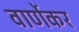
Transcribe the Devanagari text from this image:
वार्णेकर